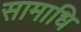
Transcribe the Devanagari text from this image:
सामाधि